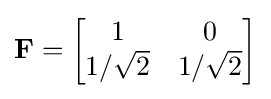
\mathbf {F} ={\begin{bmatrix}1&0\\1/{\sqrt {2}}&1/{\sqrt {2}}\end{bmatrix}}